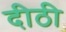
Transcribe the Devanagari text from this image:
दीठी